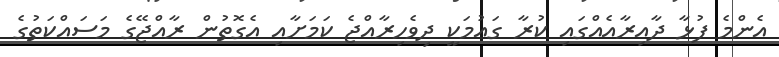
އެންމެ ފުޅާ ދާއިރާއެއްގައި ކުރާ ގައުމަކީ ދިވެހިރާއްޖެ ކަމަށާއި އެގޮތުން ރާއްޖޭގެ މަސައްކަތުގެ